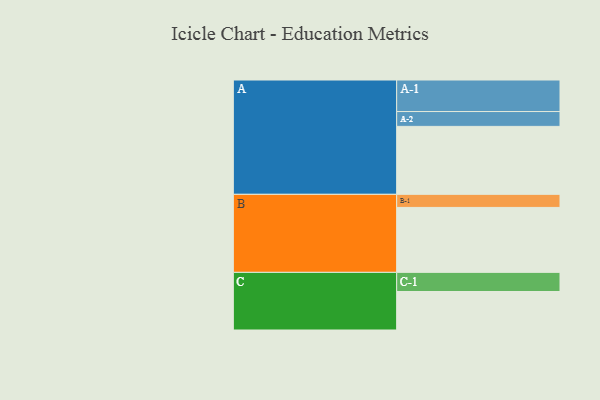
{"axis": {"x": "Segment", "y": "Value"}, "legend": ["", "A", "B", "C"], "data": [{"x": "A", "y": 586, "type": ""}, {"x": "B", "y": 560, "type": ""}, {"x": "C", "y": 332, "type": ""}, {"x": "A-1", "y": 272, "type": "A"}, {"x": "A-2", "y": 128, "type": "A"}, {"x": "B-1", "y": 113, "type": "B"}, {"x": "C-1", "y": 165, "type": "C"}]}